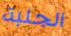
الجلبة